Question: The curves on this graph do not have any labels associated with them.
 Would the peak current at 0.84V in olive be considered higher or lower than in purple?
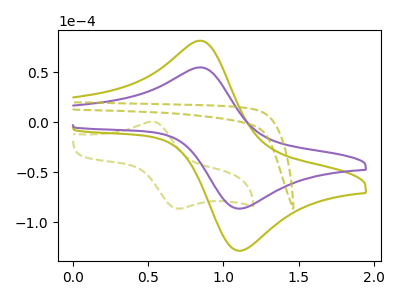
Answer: <think>The olive dashed curve "olive dashed" has an anodic peak at (0.55V, 0.55uA) and a cathodic peak at (0.70V, -86.30uA). The olive curve "olive" has an anodic peak at (0.85V, 81.40uA) and a cathodic peak at (1.10V, -128.15uA). The purple curve "purple" has an anodic peak at (0.85V, 54.75uA) and a cathodic peak at (1.10V, -86.20uA). The olive dashed curve "olive dashed" has no peaks.</think>
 <answer>The peak at 0.84V is higher in "olive" than in "purple".</answer>
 <eval>higher</eval>